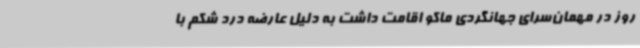
روز در مهمان‌سرای جهانگردی ماکو اقامت داشت به دلیل عارضه درد شکم با